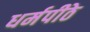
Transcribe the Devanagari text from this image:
धर्मपीठे